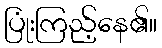
ပြုံးကြည့်နေ၏။